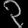
Digit: ၃